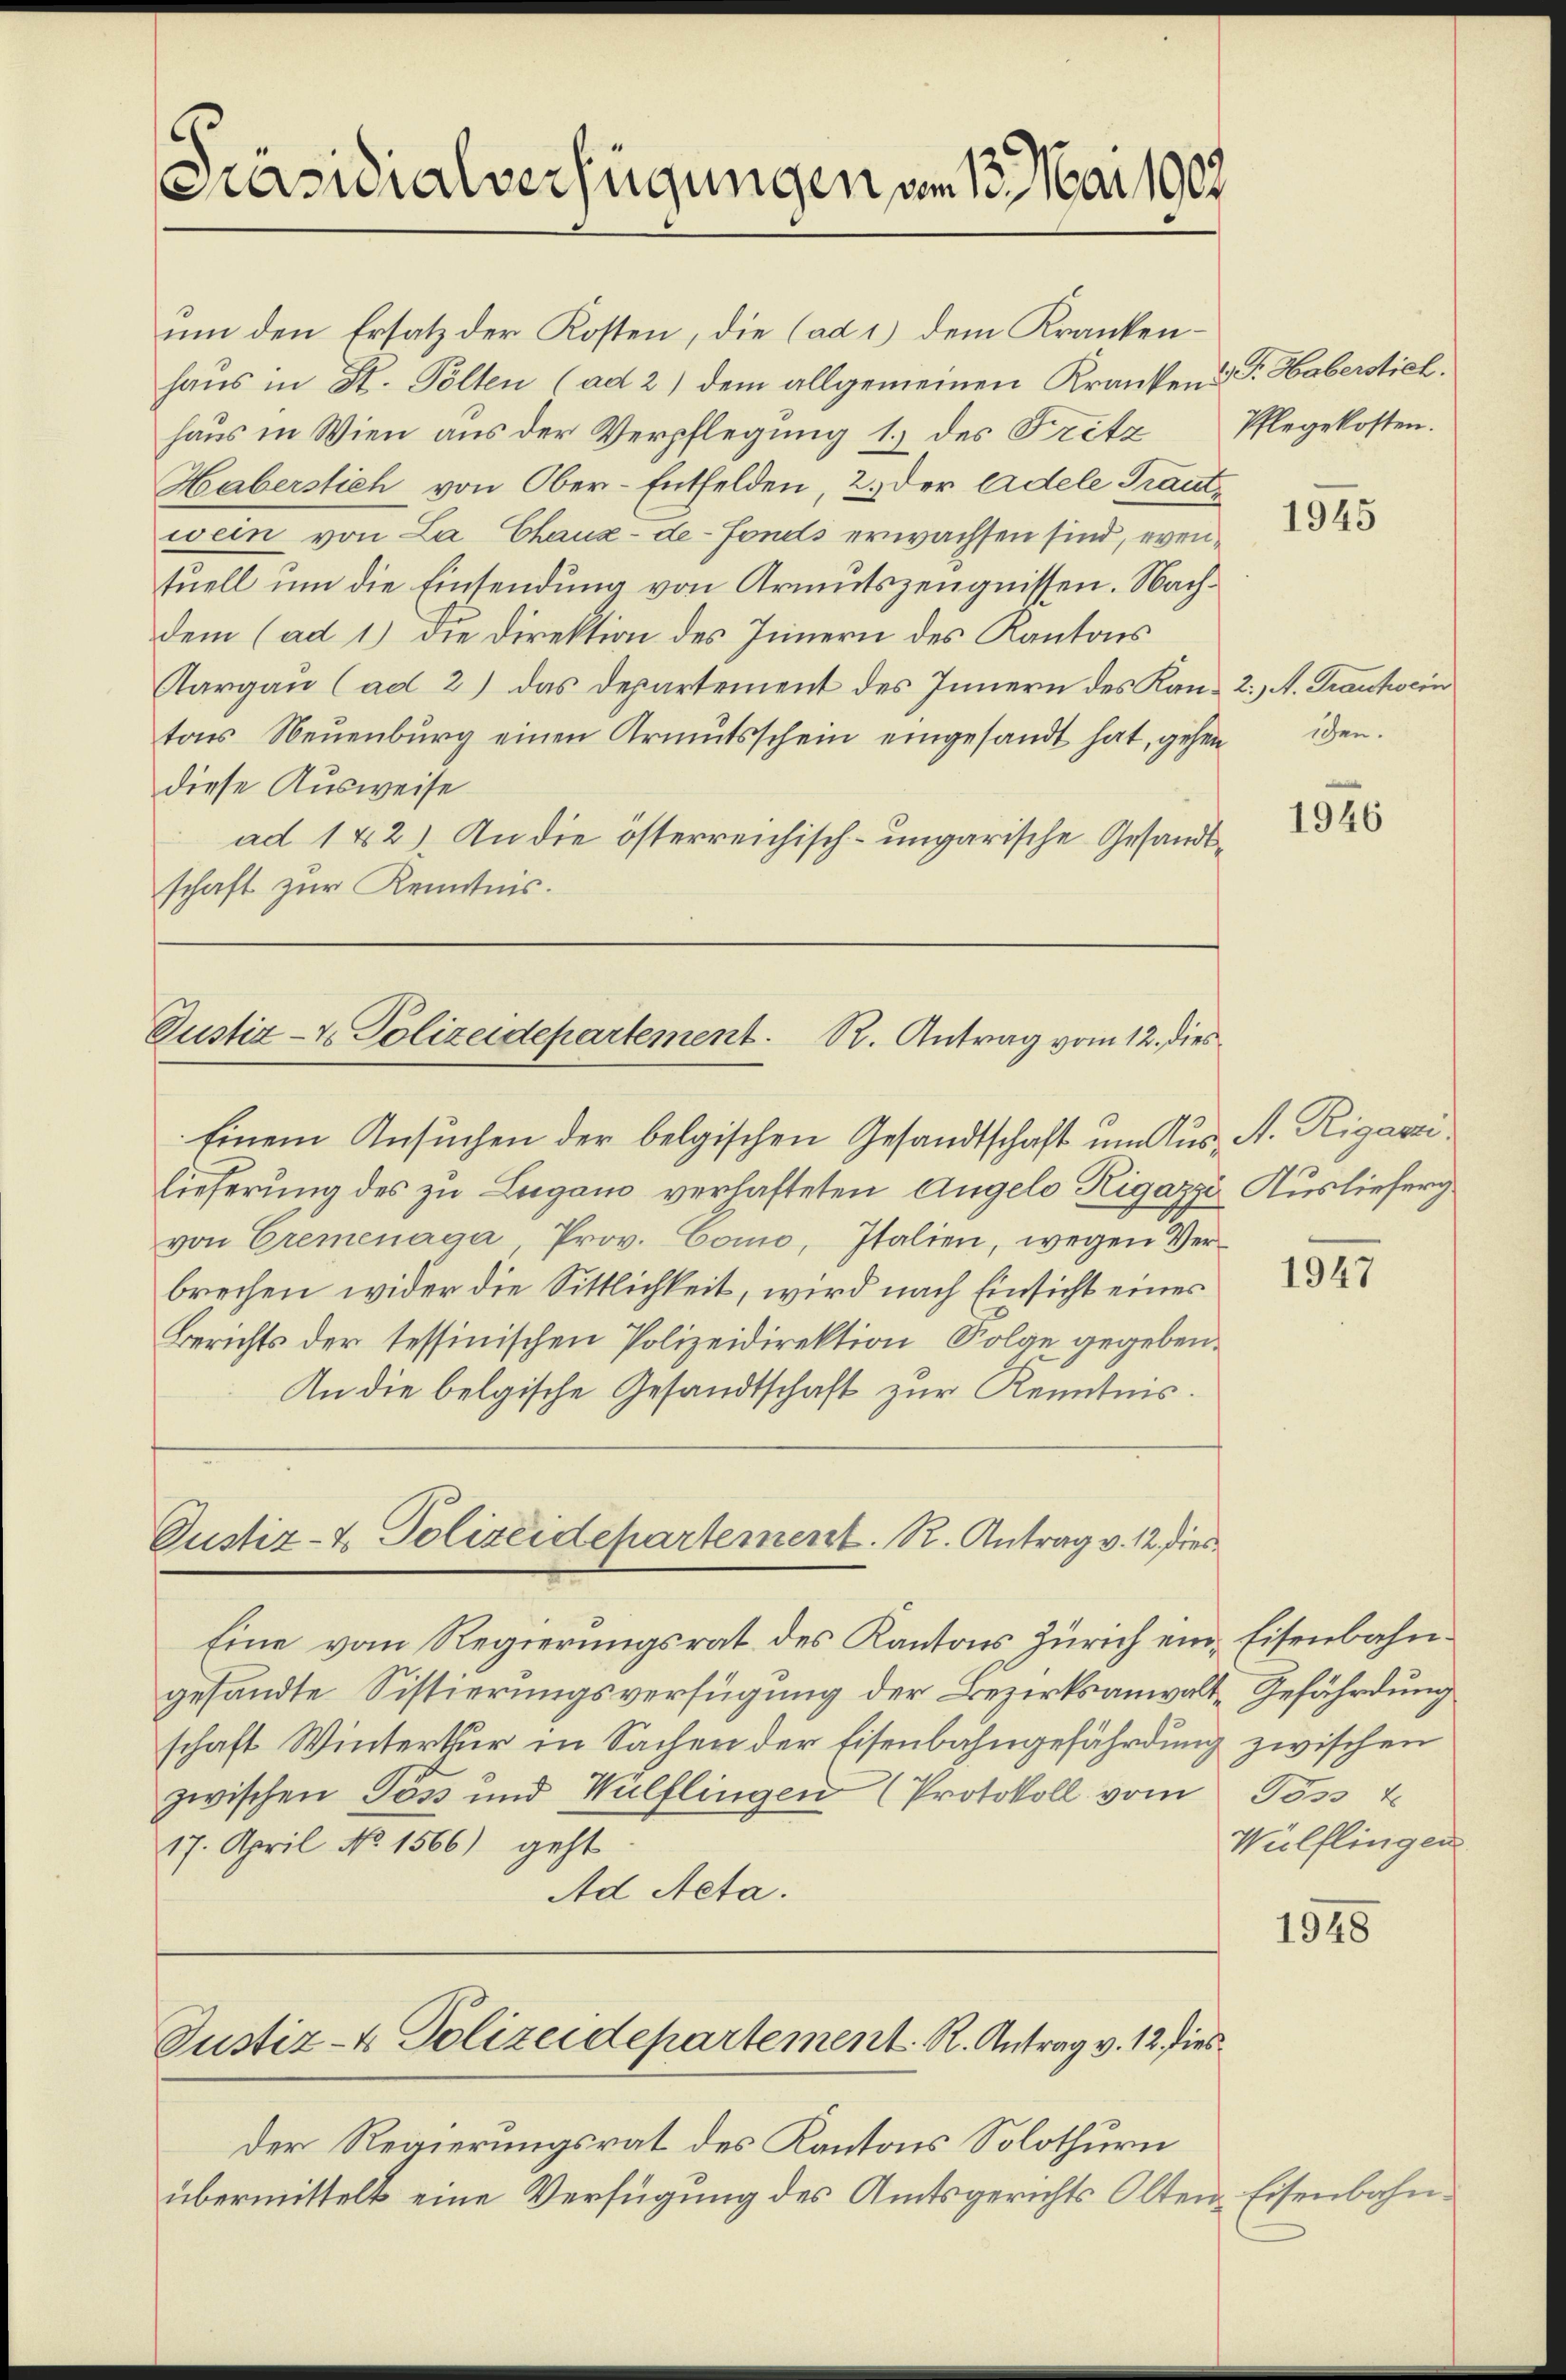
Präsidialverfügungen am 13. Mai 1909.

um den Ersatz der Kosten, die (ad 1) dem Krankenhaus in St. Polten (ad 2) dem allgemeinen Kranken u Dr. Haberstiel.
haus in Wien aus der Verpflegŭng 1.) des Fritz, Pflegekosten.
Haberstich von Ober-Entfelden, 2. der Adele Trautwein von La Chaux-de-Fonds erwachsen sind, eventuell um die Einsendung von Armutszeugnissen. Nachdem (ad 1.) Die Direktion des Innern des Kantons
Aargau (ad 2) das Departement des Innern des Kantons Neuenburg einen Armutsschein eingesandt hat, gehen
diese Ausweise
ad 142). An die österreichisch-ungarische Gesandtschaft zur Kenntnis.

Justiz- & Polizeidepartement. R. Antrag vom 12. dies

Einem Ansuchen der belgischen Gesandtschaft um Aus- A. Rigaeri
lieferung des zu Lugano verhafteten Angelo Rigazze Auslieferg
von Cremenaga, Prov. Como, Italien, wegen Verbrechen wider die Sittlichkeit, wird nach Einsicht eines
Berichts der tessinischen Polizeidirektion Folge gegeben.
An die belgische Gesandtschaft zur Kenntnis.
Oustiz- & Polizeidepartement. R. Antrag v. 12. Dies

Eine vom Regierungsrat des Kantons Zürich ein Eisenbahngesandte Sistierungsverfügung der Bezirksanwalt-Gefährdung
schaft Winterthur in Sachen der Eisenbahngefährdung zwischen
zwischen Poss und Wülflingen (Protokoll vom Poss t
17. April No 1566) geht
Ad Acta.

Justiz- & Polizeidepartement. R. Antrag v. 12. dies

Der Regierungsrat des Kantons Solothurn
übermittelt eine Verfügung des Amtsgerichts Olten Eisenbahn¬

1945

2) A. Grautwein
ichen.

1946

1947

Wülflingen

1948